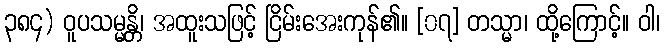
၃၈၄) ဝူပသမ္မန္တိ၊ အထူးသဖြင့် ငြိမ်းအေးကုန်၏။ [၀၇] တသ္မာ၊ ထို့ကြောင့်။ ဝါ၊